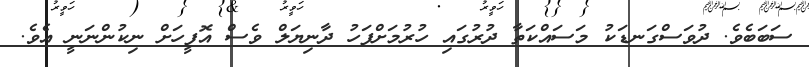
ސަބަބެވެ. ދުވަސްގަނޑަކު މަސައްކަތާ ދުރުގައި ހުރުމަށްފަހު ދާނިޔަލް ވެސް އޮފީހަށް ނިކުންނަނީ އެވެ.